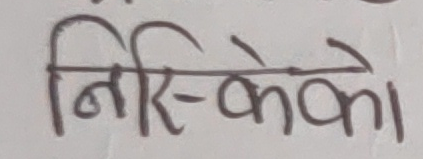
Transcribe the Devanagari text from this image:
निस्केको